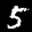
Label: 5